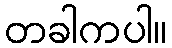
တခါကပါ။